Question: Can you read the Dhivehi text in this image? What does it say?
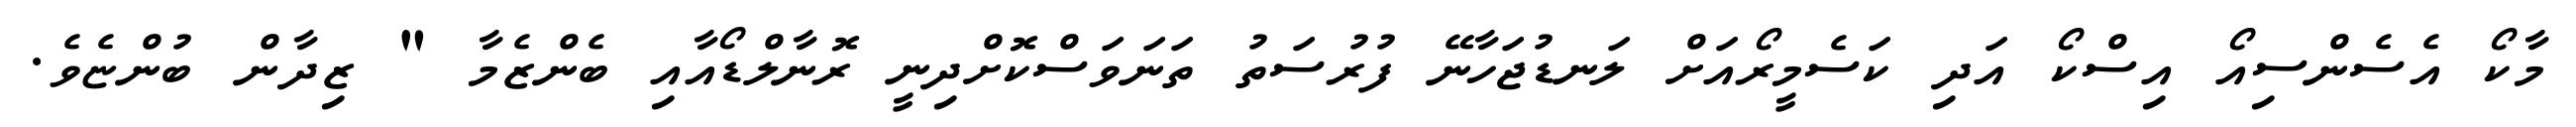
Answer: މާކޯ އެސެންސިއޯ އިސްކޯ އަދި ކަސެމީރޯއަށް ލަނޑުޖަހާނޭ ފުރުސަތު ތަނަވަސްކޮށްދިނީ ރޮނާލްޑޯއާއި ބެންޒެމާ " ޒިދާން ބުންޏެވެ.